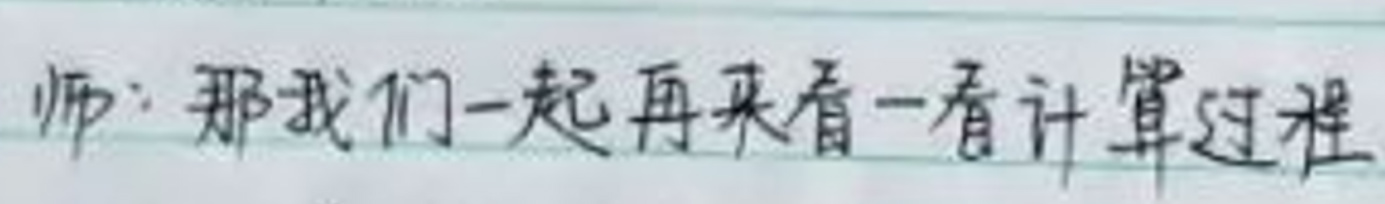
师：那我们一起再来看一看计算过程